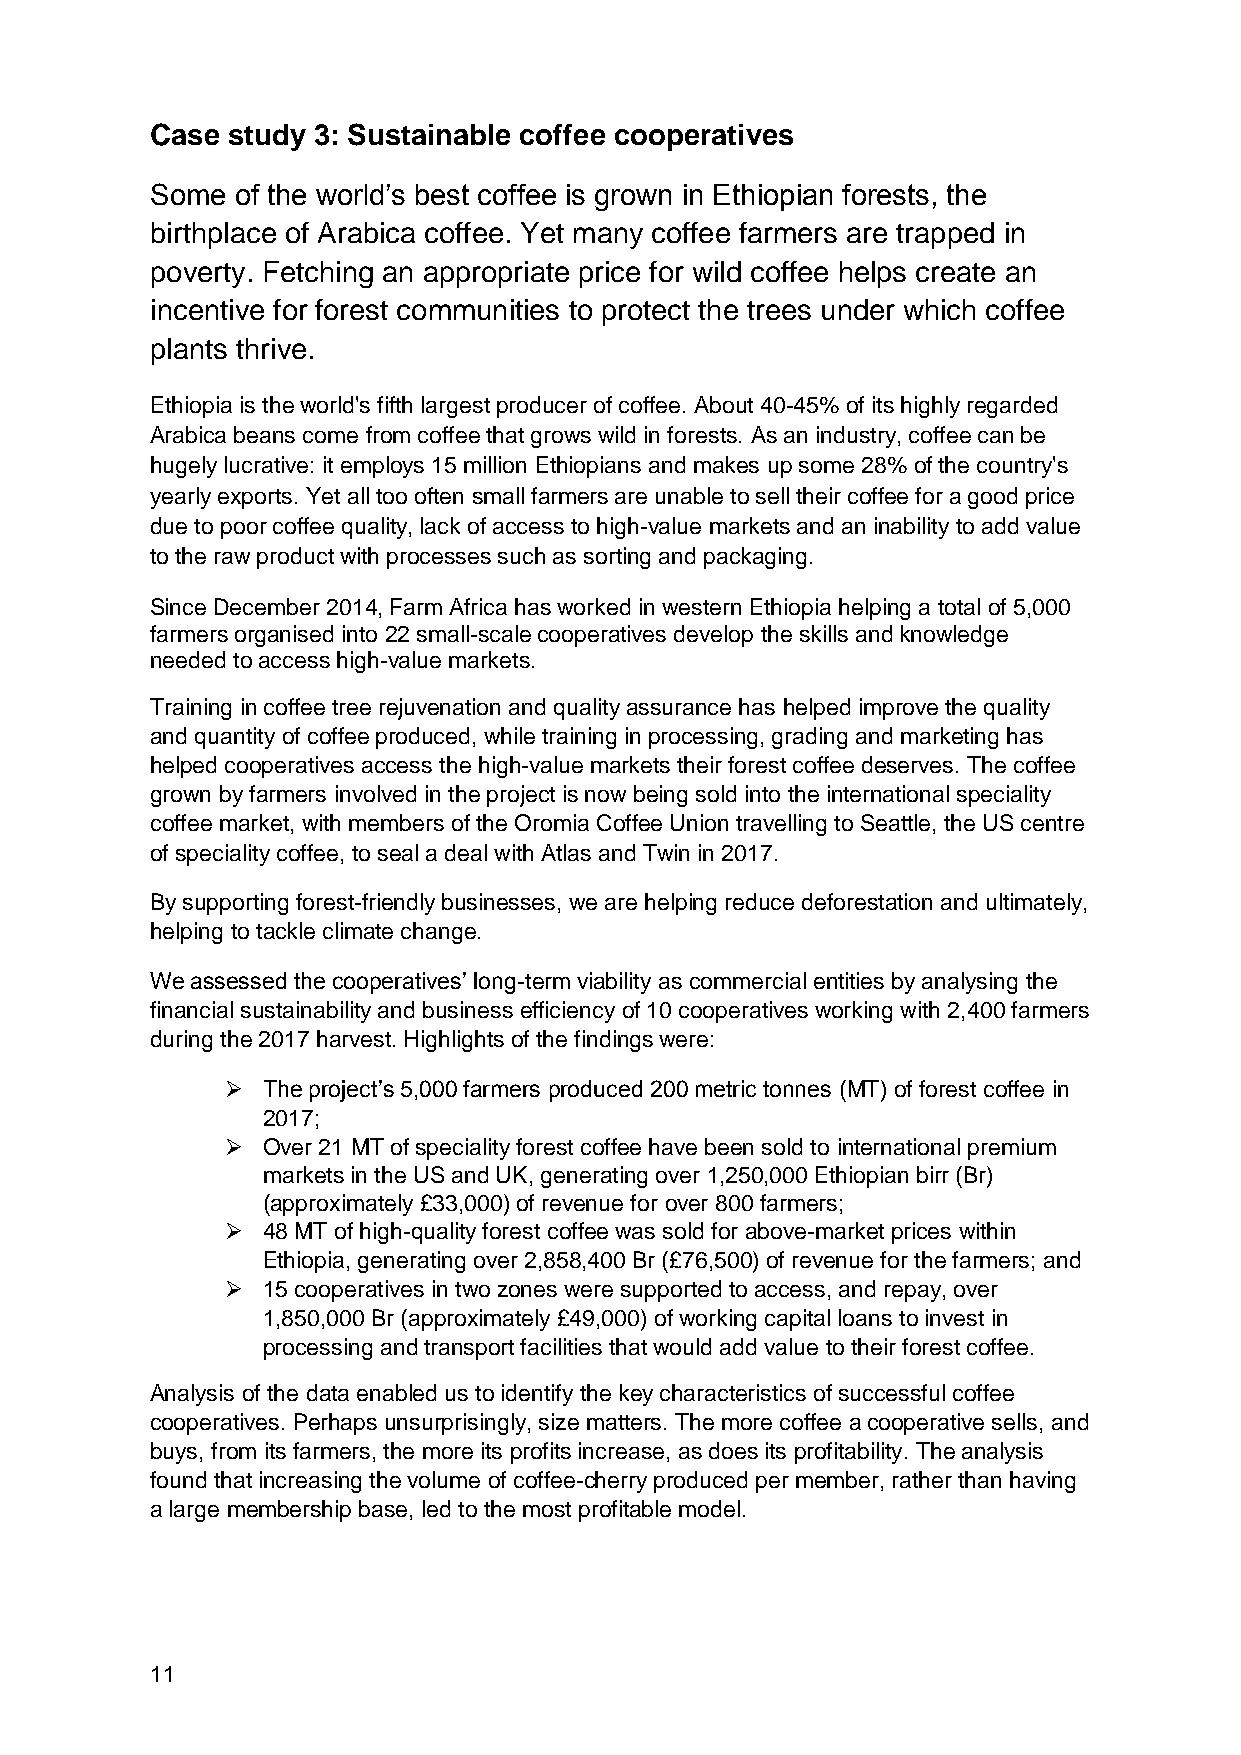
Case study 3: Sustainable coffee cooperatives
 Some  of the world’s best coffee is grown in Ethiopian forests, the
 birthplace of Arabica coffee. Yet many coffee farmers are trapped in
 poverty. Fetching an appropriate price for wild coffee helps create an
 incentive for forest communities to protect the trees under which coffee
 plants thrive.
 Ethiopia is the world's fifth largest producer of coffee. About 40-45% of its highly regarded
 Arabica beans come from coffee that grows wild in forests. As an industry, coffee can be
 hugely lucrative: it employs 15 million Ethiopians and makes up some 28% of the country's
 yearly exports. Yet all too often small farmers are unable to sell their coffee for a good price
 due to poor coffee quality, lack of access to high-value markets and an inability to add value
 to the raw product with processes such as sorting and packaging.
 Since December 2014, Farm Africa has worked in western Ethiopia helping a total of 5,000
 farmers organised into 22 small-scale cooperatives develop the skills and knowledge
 needed to access high-value markets.
 Training in coffee tree rejuvenation and quality assurance has helped improve the quality
 and quantity of coffee produced, while training in processing, grading and marketing has
 helped cooperatives access the high-value markets their forest coffee deserves. The coffee
 grown by farmers involved in the project is now being sold into the international speciality
 coffee market, with members of the Oromia Coffee Union travelling to Seattle, the US centre
 of speciality coffee, to seal a deal with Atlas and Twin in 2017.
 By supporting forest-friendly businesses, we are helping reduce deforestation and ultimately,
 helping to tackle climate change.
 We assessed the cooperatives’ long-term viability as commercial entities by analysing the
 financial sustainability and business efficiency of 10 cooperatives working with 2,400 farmers
 during the 2017 harvest. Highlights of the findings were:
  The project’s 5,000 farmers produced 200 metric tonnes (MT) of forest coffee in
 2017;
  Over 21 MT of speciality forest coffee have been sold to international premium
 markets in the US and UK, generating over 1,250,000 Ethiopian birr (Br)
 (approximately £33,000) of revenue for over 800 farmers;
  48 MT of high-quality forest coffee was sold for above-market prices within
 Ethiopia, generating over 2,858,400 Br (£76,500) of revenue for the farmers; and
  15 cooperatives in two zones were supported to access, and repay, over
 1,850,000 Br (approximately £49,000) of working capital loans to invest in
 processing and transport facilities that would add value to their forest coffee.
 Analysis of the data enabled us to identify the key characteristics of successful coffee
 cooperatives. Perhaps unsurprisingly, size matters. The more coffee a cooperative sells, and
 buys, from its farmers, the more its profits increase, as does its profitability. The analysis
 found that increasing the volume of coffee-cherry produced per member, rather than having
 a large membership base, led to the most profitable model.
 11